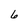
Character: 6